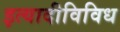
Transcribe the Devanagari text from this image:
इत्यादीविविध